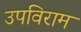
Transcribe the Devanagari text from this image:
उपविराम